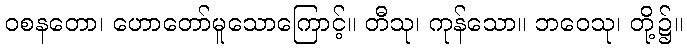
ဝစနတော၊ ဟောတော်မူသောကြောင့်။ တီသု၊ ကုန်သော။ ဘဝေသု၊ တို့၌။